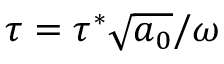
\tau = \tau ^ { * } \sqrt { a _ { 0 } } / \omega